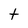
Character: t